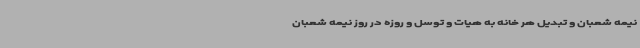
نیمه شعبان و تبدیل هر خانه به هیات و توسل و روزه در روز نیمه شعبان